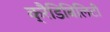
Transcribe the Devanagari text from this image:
क्रैडिबिलिटी